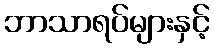
ဘာသာရပ်များနှင့်